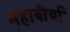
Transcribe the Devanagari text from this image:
महावीर्या